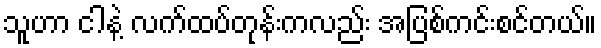
သူဟာ ငါနဲ့ လက်ထပ်တုန်းကလည်း အပြစ်ကင်းစင်တယ်။